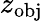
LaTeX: z_{\mathrm{obj}}